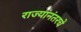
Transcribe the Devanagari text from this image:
राज्यांनंतरचे